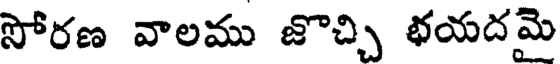
సోరణ వాలము జొచ్చి భయదమె